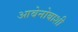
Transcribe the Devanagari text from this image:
आबेनोबाशी